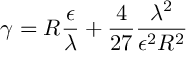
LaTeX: \gamma = R \frac \epsilon \lambda + \frac 4 { 2 7 } \frac { \lambda ^ { 2 } } { \epsilon ^ { 2 } R ^ { 2 } }